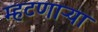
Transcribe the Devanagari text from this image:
म्हटणाऱ्या